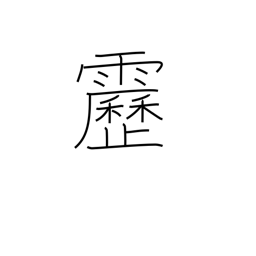
Meaning: lightening